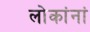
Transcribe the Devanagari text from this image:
लोकांनां